Leningradi_Edasi_toimetus, lk 30
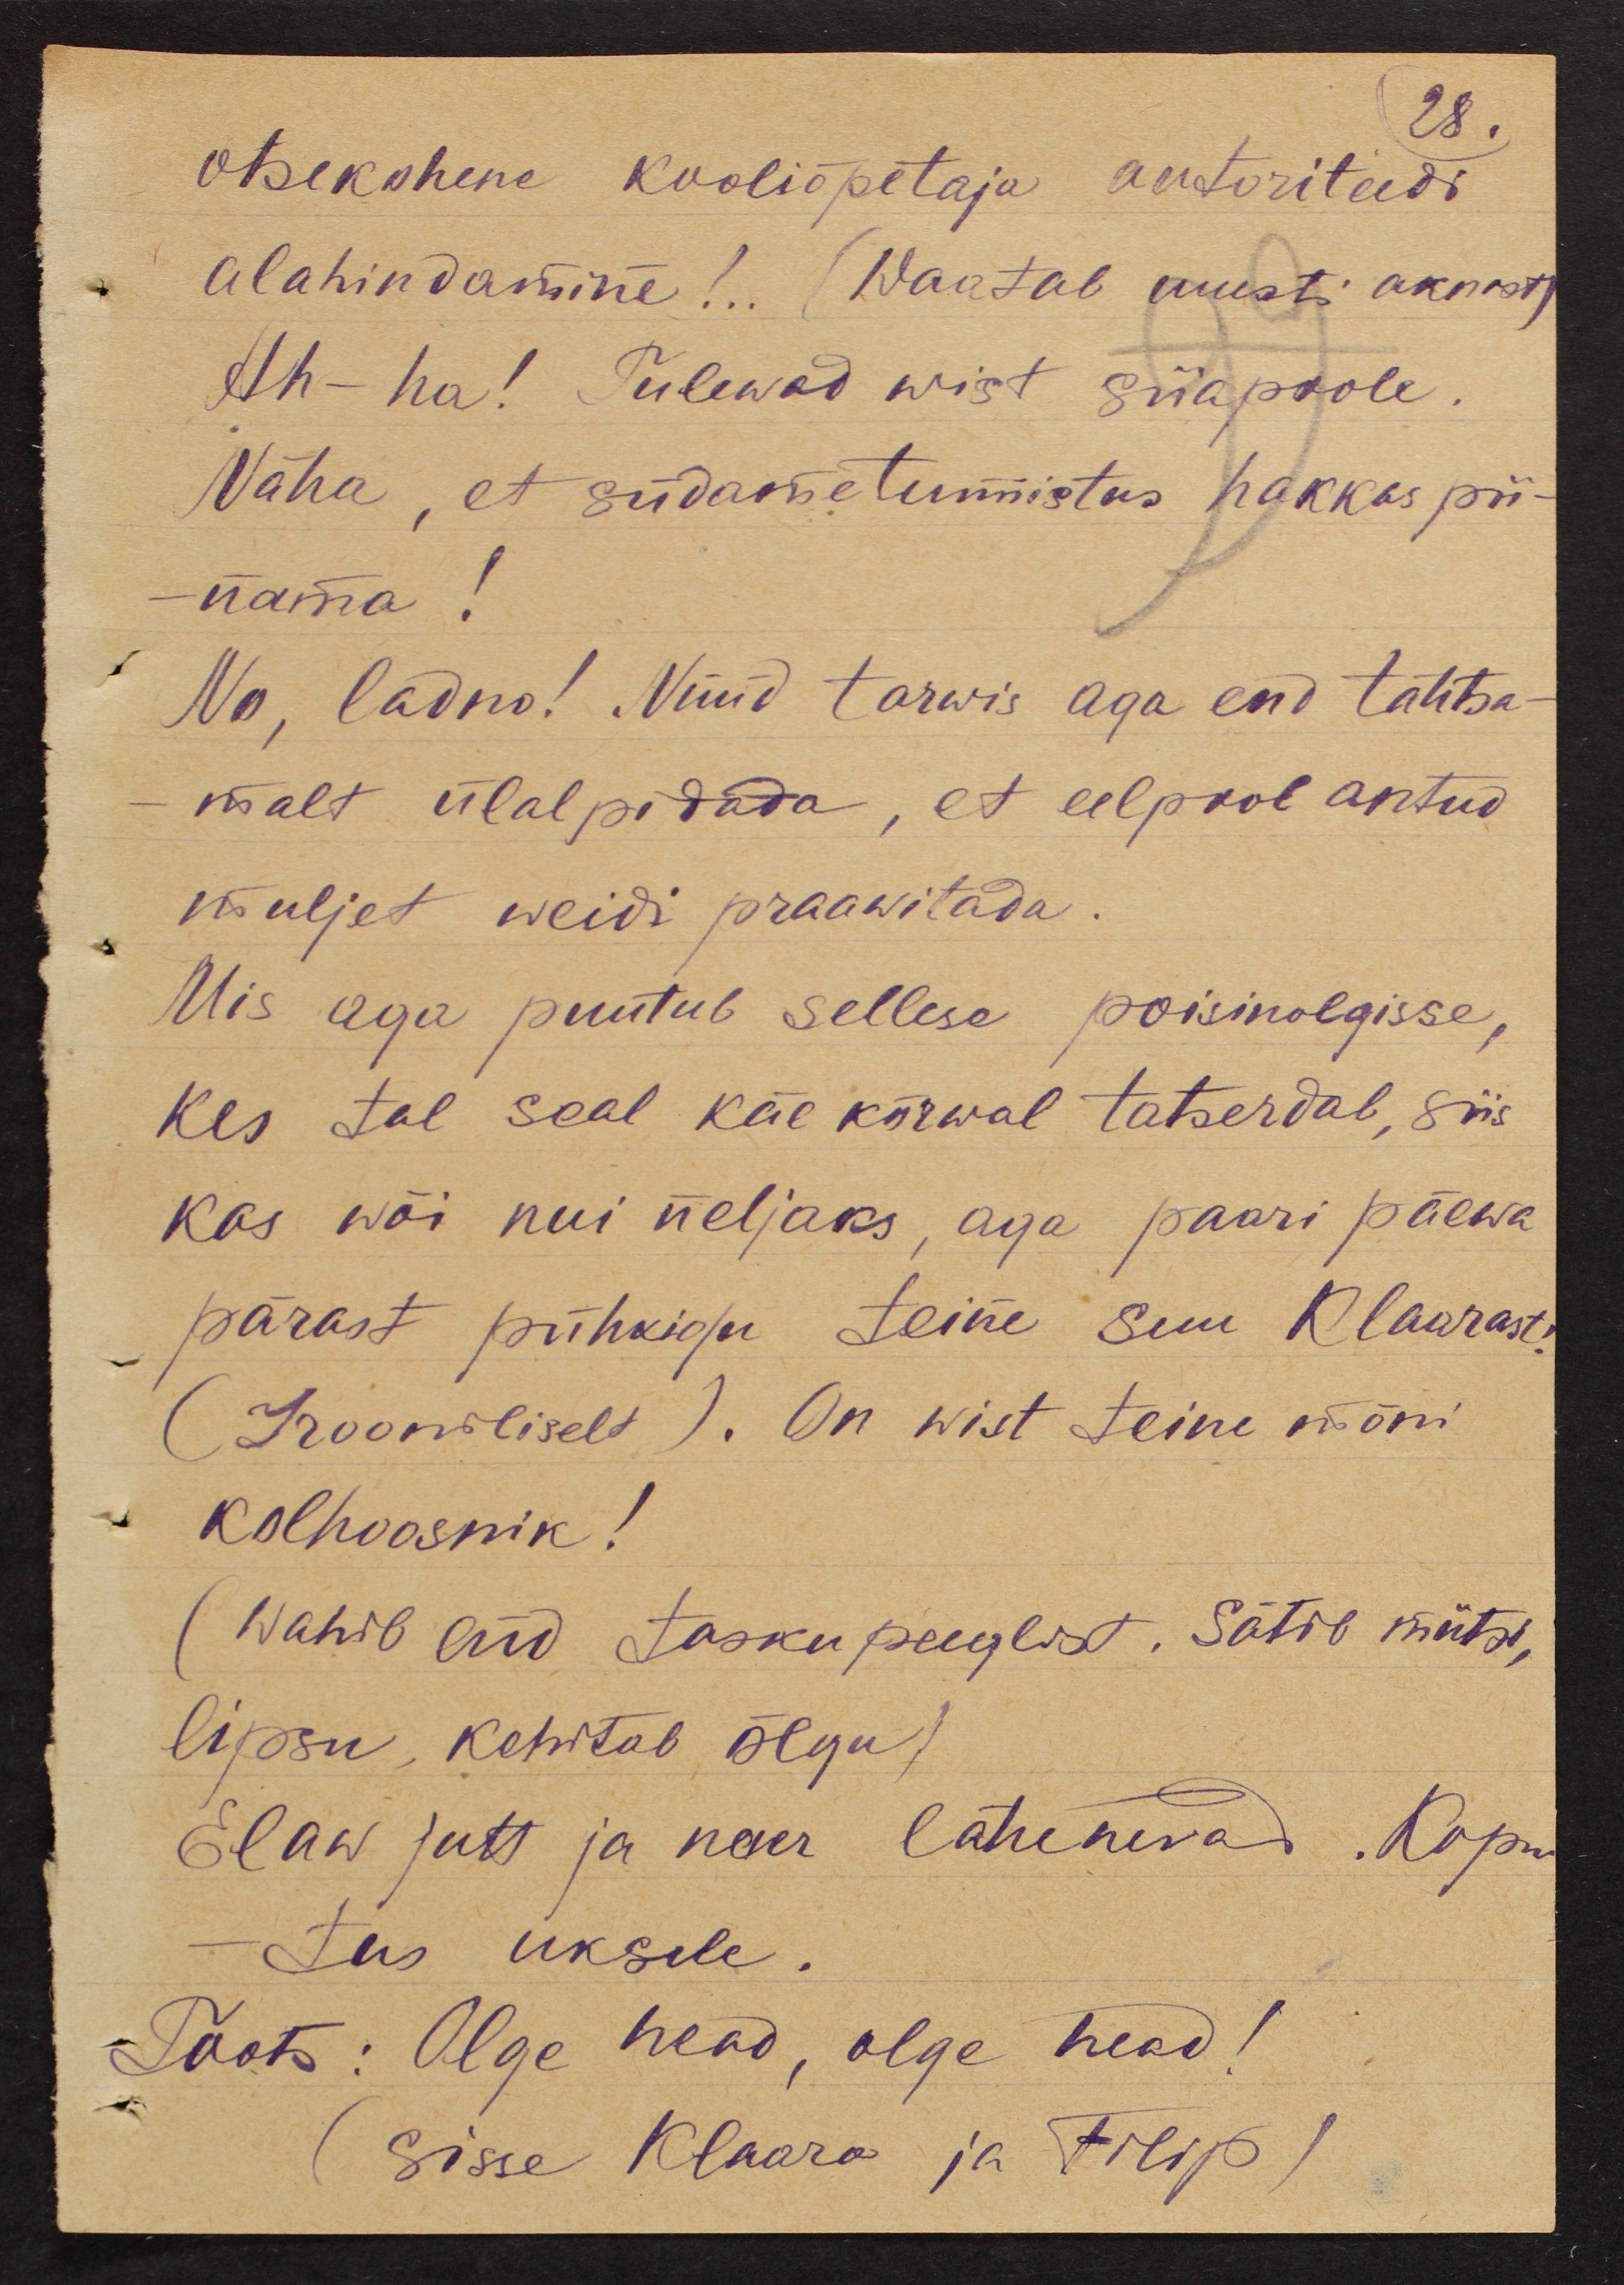
28.
otsekohene kooliõpetaja autoriteedi
alahindamine!.. (Waatab uuesti aknast)
Ah-ha! Tulewad wist siiapoole.
Näha, et südametunnistas hakkas pii-
nama!
No, ladno! Nüüd tarwis aga end tähtsa-
malt ülalpidada, et eelpool antud
muljet weidi praawitada.
Mis aga puutub sellese poisinolgisse,
kes tal seal käe kõrwal tatserdab, siis
kas wõi nui neljaks, aga paari päewa
pärast pühkigu teine suu Klaarast
(Irooniliselt). On wist teine mõni
kolhoosnik!
(Wahib end taskupeeglist. Sätib mütsi,
lipsu, kehitab õlgu)
Elaw jutt ja naer lähenevad. Kopu-
-tus uksele.
Toots: Olge head, olge head!
(Sisse Klaara ja Filip)